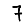
Digit: 7